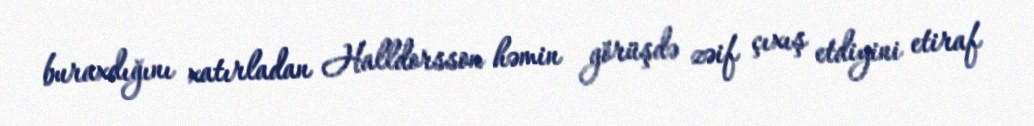
buraxdığını xatırladan Halldorsson həmin görüşdə zəif çıxış etdiyini etiraf